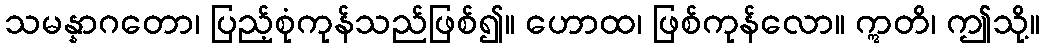
သမန္နာဂတော၊ ပြည့်စုံကုန်သည်ဖြစ်၍။ ဟောထ၊ ဖြစ်ကုန်လော။ ဣတိ၊ ဤသို့။